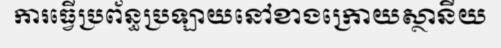
ការធ្វើប្រព័ន្ធប្រឡាយនៅខាងក្រោយស្ថានីយ